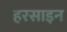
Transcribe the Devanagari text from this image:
हरसाइन